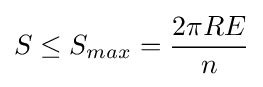
S\leq S_{max}={\frac {2\pi RE}{n}}